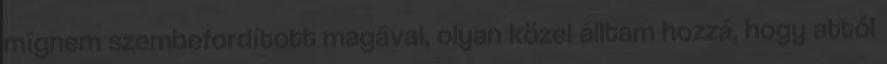
mígnem szembefordított magával, olyan közel álltam hozzá, hogy attól